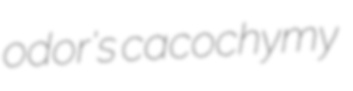
odor's cacochymy